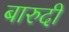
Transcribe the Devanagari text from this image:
बारुदी